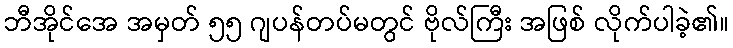
ဘီအိုင်အေ အမှတ် ၅၅ ဂျပန်တပ်မတွင် ဗိုလ်ကြီး အဖြစ် လိုက်ပါခဲ့၏။